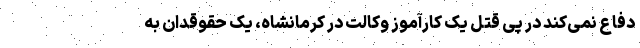
دفاع نمی‌کند در پی قتل یک کارآموز وکالت در کرمانشاه، یک حقوقدان به